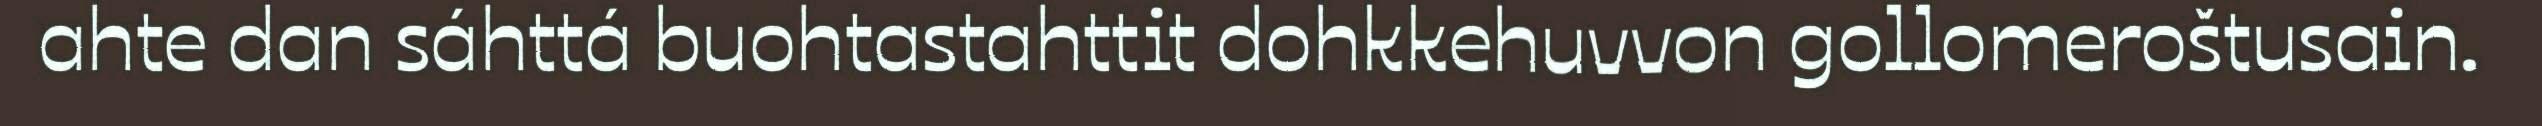
ahte dan sáhttá buohtastahttit dohkkehuvvon gollomeroštusain.